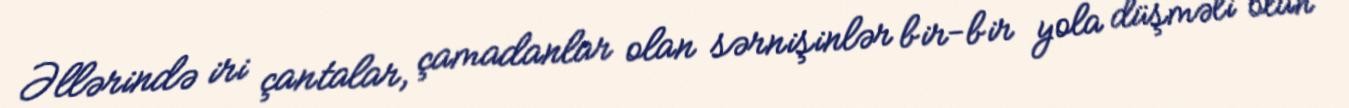
Əllərində iri çantalar, çamadanlar olan sərnişinlər bir-bir yola düşməli olan